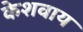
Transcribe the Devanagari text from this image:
केशवाय